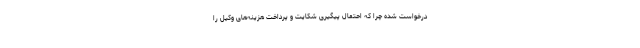
درخواست شده چرا که احتمال پیگیری شکایت و پرداخت هزینه‌های وکیل را